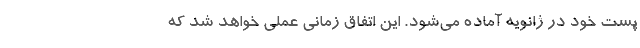
پست خود در ژانویه آماده می‌شود. این اتفاق زمانی عملی خواهد شد که